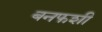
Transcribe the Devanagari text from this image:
बनफशी